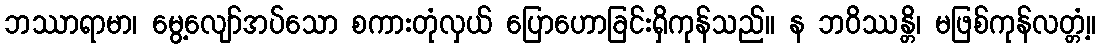
ဘဿာရာမာ၊ မွေ့လျော်အပ်သော စကားတုံလှယ် ပြောဟောခြင်းရှိကုန်သည်။ န ဘဝိဿန္တိ၊ မဖြစ်ကုန်လတ္တံ့။